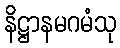
နိဋ္ဌာနမဂမံသု